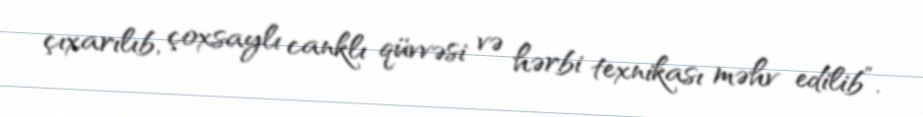
çıxarılıb, çoxsaylı canklı qüvvəsi və hərbi texnikası məhv edilib”.